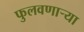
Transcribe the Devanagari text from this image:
फुलवणाऱ्या